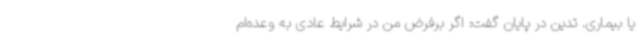
یا بیماری. تدین در پایان گفت: اگر برفرض من در شرایط عادی به وعده‌ام